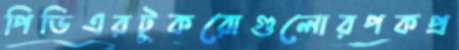
পিডিএরটুকরোগুলোরপকপ্র